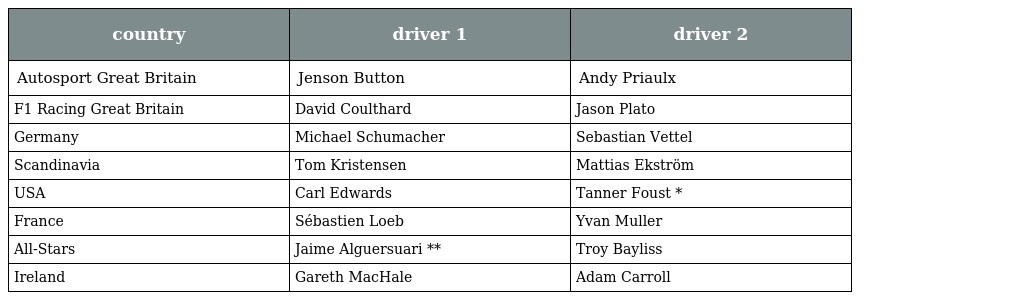
| country | driver 1 | driver 2 |
 | --- | --- | --- |
 | Autosport Great Britain | Jenson Button | Andy Priaulx |
 | F1 Racing Great Britain | David Coulthard | Jason Plato |
 | Germany | Michael Schumacher | Sebastian Vettel |
 | Scandinavia | Tom Kristensen | Mattias Ekström |
 | USA | Carl Edwards | Tanner Foust * |
 | France | Sébastien Loeb | Yvan Muller |
 | All-Stars | Jaime Alguersuari ** | Troy Bayliss |
 | Ireland | Gareth MacHale | Adam Carroll |